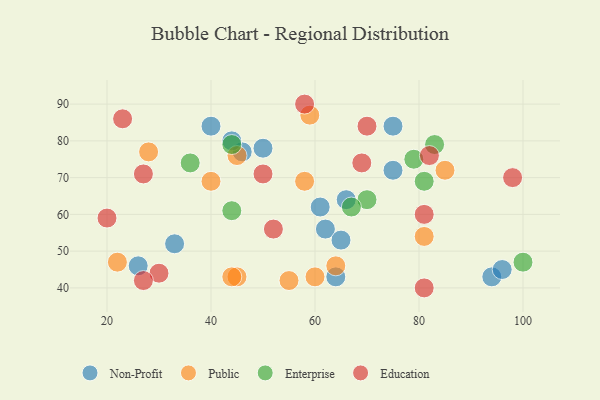
{"axis": {"x": "GDP", "y": "Life Expectancy"}, "legend": ["Education", "Enterprise", "Non-Profit", "Public"], "data": [{"x": "46", "y": 77, "type": "Non-Profit"}, {"x": "64", "y": 43, "type": "Non-Profit"}, {"x": "33", "y": 52, "type": "Non-Profit"}, {"x": "44", "y": 80, "type": "Non-Profit"}, {"x": "40", "y": 84, "type": "Non-Profit"}, {"x": "26", "y": 46, "type": "Non-Profit"}, {"x": "75", "y": 84, "type": "Non-Profit"}, {"x": "62", "y": 56, "type": "Non-Profit"}, {"x": "75", "y": 72, "type": "Non-Profit"}, {"x": "65", "y": 53, "type": "Non-Profit"}, {"x": "94", "y": 43, "type": "Non-Profit"}, {"x": "96", "y": 45, "type": "Non-Profit"}, {"x": "50", "y": 78, "type": "Non-Profit"}, {"x": "66", "y": 64, "type": "Non-Profit"}, {"x": "61", "y": 62, "type": "Non-Profit"}, {"x": "81", "y": 54, "type": "Public"}, {"x": "64", "y": 46, "type": "Public"}, {"x": "40", "y": 69, "type": "Public"}, {"x": "55", "y": 42, "type": "Public"}, {"x": "60", "y": 43, "type": "Public"}, {"x": "59", "y": 87, "type": "Public"}, {"x": "85", "y": 72, "type": "Public"}, {"x": "45", "y": 43, "type": "Public"}, {"x": "28", "y": 77, "type": "Public"}, {"x": "22", "y": 47, "type": "Public"}, {"x": "58", "y": 69, "type": "Public"}, {"x": "45", "y": 76, "type": "Public"}, {"x": "44", "y": 43, "type": "Public"}, {"x": "79", "y": 75, "type": "Enterprise"}, {"x": "36", "y": 74, "type": "Enterprise"}, {"x": "44", "y": 61, "type": "Enterprise"}, {"x": "44", "y": 79, "type": "Enterprise"}, {"x": "70", "y": 64, "type": "Enterprise"}, {"x": "83", "y": 79, "type": "Enterprise"}, {"x": "81", "y": 69, "type": "Enterprise"}, {"x": "67", "y": 62, "type": "Enterprise"}, {"x": "100", "y": 47, "type": "Enterprise"}, {"x": "50", "y": 71, "type": "Education"}, {"x": "52", "y": 56, "type": "Education"}, {"x": "81", "y": 40, "type": "Education"}, {"x": "20", "y": 59, "type": "Education"}, {"x": "58", "y": 90, "type": "Education"}, {"x": "70", "y": 84, "type": "Education"}, {"x": "98", "y": 70, "type": "Education"}, {"x": "81", "y": 60, "type": "Education"}, {"x": "27", "y": 71, "type": "Education"}, {"x": "82", "y": 76, "type": "Education"}, {"x": "30", "y": 44, "type": "Education"}, {"x": "69", "y": 74, "type": "Education"}, {"x": "23", "y": 86, "type": "Education"}, {"x": "27", "y": 42, "type": "Education"}]}